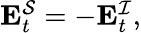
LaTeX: \begin{array}{r}{\mathbf{E}_{t}^{\mathcal{S}}=-\mathbf{E}_{t}^{\mathcal{I}},}\end{array}